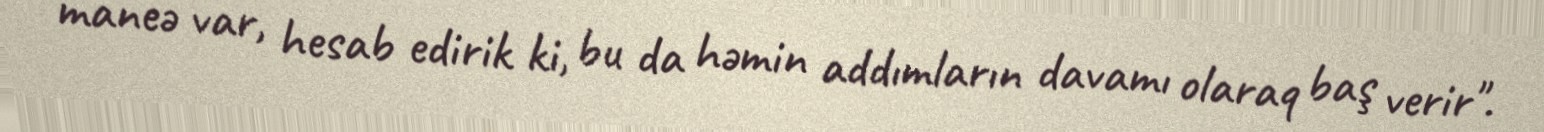
maneə var, hesab edirik ki, bu da həmin addımların davamı olaraq baş verir".